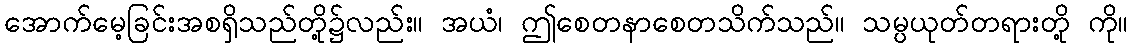
အောက်မေ့ခြင်းအစရှိသည်တို့၌လည်း။ အယံ၊ ဤစေတနာစေတသိက်သည်။ သမ္ပယုတ်တရားတို့ ကို။